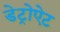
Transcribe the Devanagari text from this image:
डेट्रोऐट